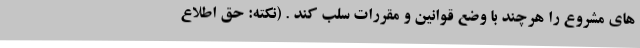
های مشروع را هرچند با وضع قوانین و مقررات سلب کند . (نکته: حق اطلاع